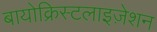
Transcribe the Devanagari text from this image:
बायोक्रिस्टलाइज़ेशन